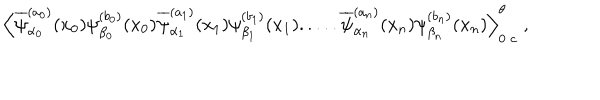
LaTeX: \Big \langle \overline { { { \psi } } } _ { \alpha _ { 0 } } ^ { ( a _ { 0 } ) } ( x _ { 0 } ) \psi _ { \beta _ { 0 } } ^ { ( b _ { 0 } ) } ( x _ { 0 } ) \overline { { { \psi } } } _ { \alpha _ { 1 } } ^ { ( a _ { 1 } ) } ( x _ { 1 } ) \psi _ { \beta _ { 1 } } ^ { ( b _ { 1 } ) } ( x _ { 1 } ) . . . . . \overline { { { \psi } } } _ { \alpha _ { n } } ^ { ( a _ { n } ) } ( x _ { n } ) \psi _ { \beta _ { n } } ^ { ( b _ { n } ) } ( x _ { n } ) \Big \rangle _ { 0 \; c } ^ { \theta } \; ,